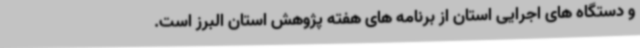
و دستگاه های اجرایی استان از برنامه های هفته پژوهش استان البرز است.